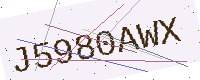
Text: J5980AWX